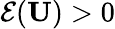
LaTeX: \mathcal{E}(\mathbf{U})>0